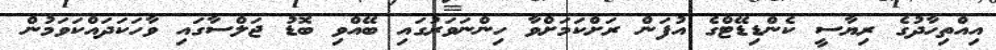
އިއްތިހާދުގެ ރިޔާސީ ކެންޑިޑޭޓްގެ އުފަން ރަށްކަމަށްވާ ހިންނަވަރުގައި ބޭއްވި ބޮޑު ޖަލްސާގައި ވާހަކަދައްކަވަމުން